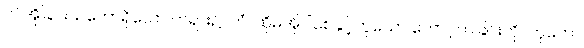
ဤအိုခြင်းသဘောရှိသော တရား၌။ တံ၊ ထိုမအိုပါစေနှင့်ဟူသော တောင့်တခြင်းကို။ ကုတော